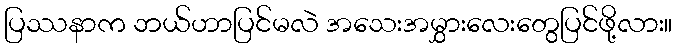
ပြဿနာက ဘယ်ဟာပြင်မလဲ အသေးအမွှားလေးတွေပြင်ဖို့လား။